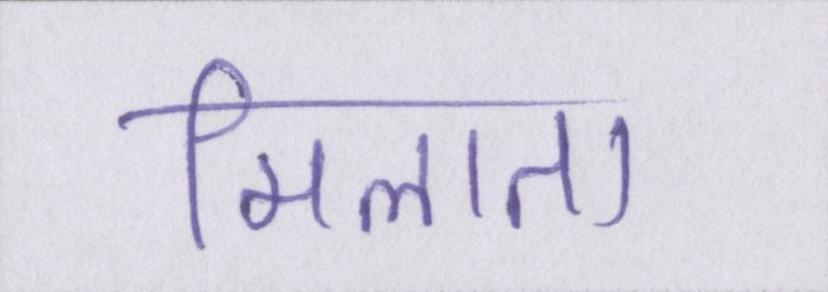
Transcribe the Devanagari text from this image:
मिलाता